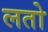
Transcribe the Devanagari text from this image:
लतो